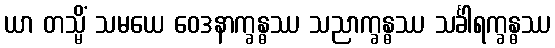
ယာ တသ္မိံ သမယေ ဝေဒနာက္ခန္ဓဿ သညာက္ခန္ဓဿ သင်္ခါရက္ခန္ဓဿ